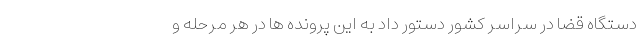
دستگاه قضا در سراسر کشور دستور داد به این پرونده ها در هر مرحله و